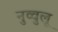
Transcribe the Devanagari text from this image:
नुव्वुलू